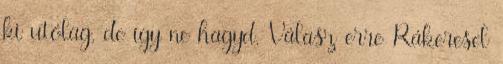
ki utólag, de így ne hagyd. Válasz erre Rákeresel